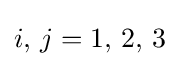
i,\,j=1,\,2,\,3